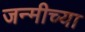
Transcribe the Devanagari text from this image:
जन्मीच्या